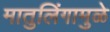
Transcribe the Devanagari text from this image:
मातुलिंगामुळे